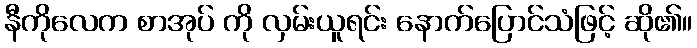
နီကိုလေက စာအုပ် ကို လှမ်းယူရင်း နောက်ပြောင်သံဖြင့် ဆို၏။